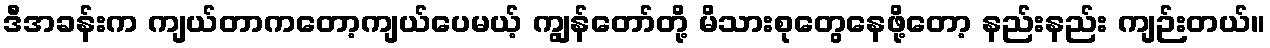
ဒီအခန်းက ကျယ်တာကတော့ကျယ်ပေမယ့် ကျွန်တော်တို့ မိသားစုတွေနေဖို့တော့ နည်းနည်း ကျဉ်းတယ်။